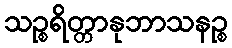
သဉ္စရိတ္တာနုဘာသနဉ္စ